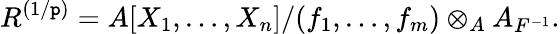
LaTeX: R^{(1/\mathtt{p})}=A[X_{1},\ldots,X_{n}]/(f_{1},\ldots,f_{m})\otimes_{A}A_{F^{-1}}.